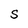
Character: S